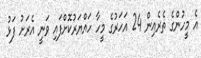
އެ މީހުންގެ ތެރެއިން 24 އަހަރުގެ މީހާ ހައްޔަރުކޮށްފައި ވަނީ އެރަށު ފަޅު